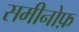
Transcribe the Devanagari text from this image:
समीनोफ़